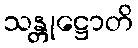
သန္တုဋ္ဌောတိ